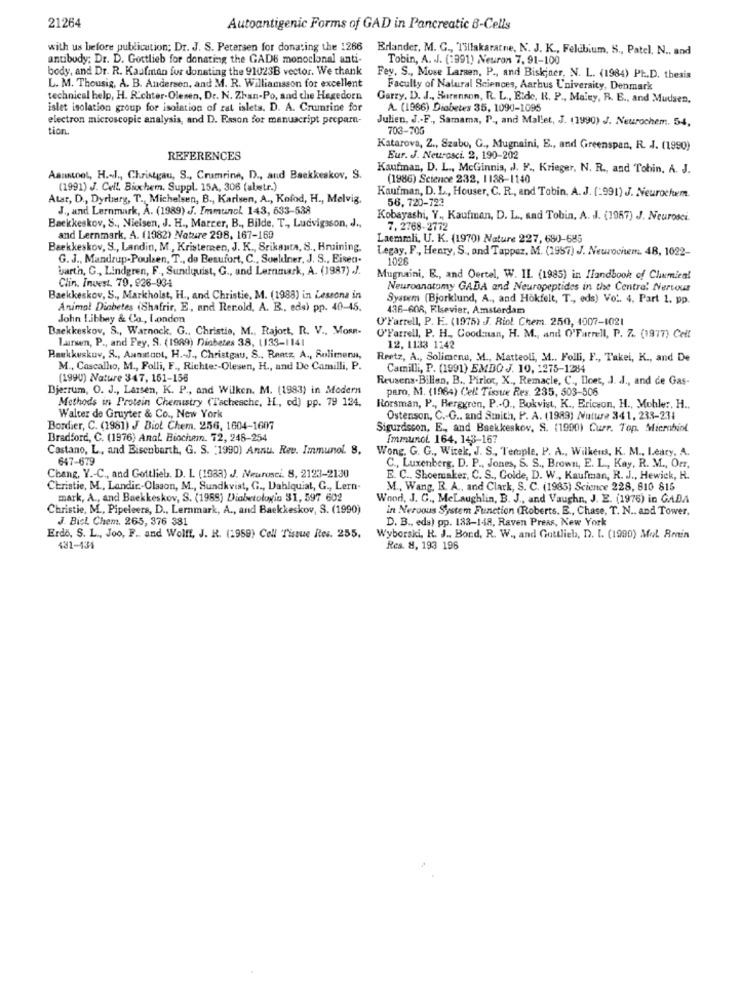
21264
Autoantigenic Forms of GAD in Pancreatic 8-Cells
with us before publication; Dr. J. S. Petersen for donating the 1266
Erlander, M. G ., Tillakaratne, N. J. K ., Felebium, S ., Patel, N ., and
antibody; Dr. D. Gottlieb for donating the GADE monoclonal anti-
Tobin, A. J. (1991) Neuron 7, 91-100
body, and Dr. R. Kaufman for donating the 91023B vector. We thank
Fey. S ., Muse Larsen, P ., and Biskjner, N. L. (1984) PL .. D. thesis
L. M. Thousig. A. B. Andersen, and M. R. Williamsson for excellent
Faculty of Natural Sciences, Aarhus University, Denmark
technical help, H. Richter-Olesen, Dr. N. Zhan-Po, and che Hagedorn
Garry, D. J ., Burennon, R. L ., Eide. R. P ., Maisy, R. E ., and Mudaen,
islet isolation group for isolation of rat islets. D. A. Crumrine for
A. (1966) Diabetes 35, 1090-1095
electron microscopic analysis, and D. Esson for manuscript prepara-
Julien, J .- F ., Samama, P ., and Mallet, J. (1990) J. Neurochem. 54,
tion.
703-70G
Katarova, Z ., Szabo, G ., Mugnaini, E ., and Greenspan, R. J. (1990)
REFERENCES
Eur. J. Neurosci. 2, 190-202
Kaufman, D. L ., McGinnis, J. F ., Krieger, N. R ., and Tobin, A. J.
Aanstoot, H. J ., Christgau, S ., Crumrine, D ., and Backkeskov, S.
(1986) Science 232, 1138-1140
(1991) J. Cell. Biochem. Suppl. 15A, 306 (aletr.)
Atar, D ., Dyrberg, T. Michelsen, B ., Karlsen, A ., Kofod, H ., Melvig,
Kaufman, D. L ., Houser, C. R ., and Tobin, A. J. (:991) J. Neurochem.
56, 720-723
J ., and Lernmark, A. (1989) J. Immunol. 143, 633-538
Kobayashi, Y ., Kaufman, D. L ., sad Tobin, A. J. (1967) J. Neurosei.
Backkeskov, S ., Nielsen, J. H ., Marrer, B ., Bilde, T ., Ludvigsson, J .,
7. 2768-2772
and Lernmark, A. (1982) Nature 298, 167-169
Laemmli, U. K. (1970) Nature 227, 680-685
Bæekkeskov, S ., Landin, M ., Kristemen, J. K ., Srikanth, S ., Hruining,
Legay, F ., Henry, S ., and Tappez, M. (1957) J. Neurochtem. 48, 1022-
G. J ., Mandrup-Poulsen, T ., do Beaufort, C ., Soeldner, J. S ., Eisen.
1026
barth, C ., Lindgren, F ., Sundquist, G ., and Lernmark, A. (1987) .J.
Clin. Invest. 79. 926-934
Mugnaini, E ., and Oertel, W. IL. (1985) in Ifandbook of Chemical
Neuroanatomy GADA and Neuropeptides in the Centre! Nervous
Backkeskov, S ., Markholst, H ., and Christie, M. (1988) in Lessons in
System (Bjorklund, A ., and Hokfelt, T ., eds) Vot. 4. Part 1. pp.
Animal Diabetes (Shafrir, E ., and Rer.old, A. B ., eds) pp. 40-45.
436-608, Elsevier, Amsterdam
John Libbey & Co ., London
O'Farrell, P. E. (1975) J. Riol Chem. 250, 4007-1021
Backkeskov, S ., Warnock, G ., Christie, M ., Rajort, R. V ., MORA-
Laren, P ., and Fey, S. (1989) Diabetes 38, 1133-1141
O'Farrell, P. H ., Cood:nan, H. M ., and O'Farrell, P. 7. (1917) Cell
12, 1133 1242
Backkeskuv, 8 ., Aunatant, H. J ., Christgau, S ., Rnetz, A ., Solimena,
Reetz, A ., Solimena, M ., Matteoli, M .. Folli, F ., Takei, K ., and De
M ., Cascallo, M ., Folli, F ., Richte :- Olesen, H ., and De Camilli, P.
Camilli, P. (1991) EMDO J. 10, 1275-1284
(1990) Nature 347, 161-156
Reusens.Billen, B ., Pirlot, X ., Remacle, C ., Iloet, J. J ., and de Gas-
Bjerrum, O. J ., Larsen, K. P ., and Wilken. M. (1983) in Modern
paro, M. (1964) Cell Tissue Res. 235, 503-506
Methods in Protein Chemistry (Tachesche, H ., cd) pp. 79 124.
Rorsman, P ., Berggren, P .- Q ., Bukvist, K ., Ericvon, H ., Mohler, H ..
Walter de Gruyter & Co ., New York
Ostenson, C .- G .. and Smith, P. A. (1989) Nature 341, 233-231
Bordier, C. (1981) J Biol Chem. 256, 1604-1607
Sigurdsson, E ., and Baekkeskov, S. (1990) Curr. Top. Microbiol
Bradford, C. (1976) Anal Biochem. 72, 248-254
Immunol. 164, 143-167
Castano, L, and Bisenbarth, G. S. (1990) Annu. Rev. Immunol. 8.
Wong, G. G ., Wirek, J. S ., Temple, P. A ., Wilkens, K. M ., Leary, A.
647-679
C ., Luxenberg, D. P ., Jones, S. S ., Brown, E. L ., Kay, R. M ., Orr,
Chang, Y .- C ., and Gottlieb. D. I. (1933) J. Meurosci. 8, 2123-2130
B. C ., Shoemaker, C. S ., Golde, D. W ., Kaufman, R. J ., Hewick, H.
Christie, M ., Landir .- Olsson, M ., Sundkvist, G ., Dahlquiat, G ., Lern-
M ., Wang, B. A ., and Clark, S. C. (1985) Science 228, 810 815
mark, A ., and Backkeskov, S. (1955) Diabetologia 31, 597 602
Wood, J. G ., MeLaughlin, B. J ., and Vaughn, J. E. (1976) in GADA
Christie, M ., Pipeleers, D ., Lernmark, A ., and Baekkeskov, S. (1990)
in Neroous System Function (Roberts. E ., Chase, T. N .. and Tower,
J. Bici. Chem. 265, 376 381
D. B ., eds) pp. 133-148, Raven Preas, New York
Erdo, S. L ., Joo, F .. and Wolff, J. R. (1959) Cell Tissue Res. 255,
Wyborski, R. J ., Bond, R. W ., and Gottlieb, D. I. (1990) Mol Rmin
431-134
Res. 8, 193 196